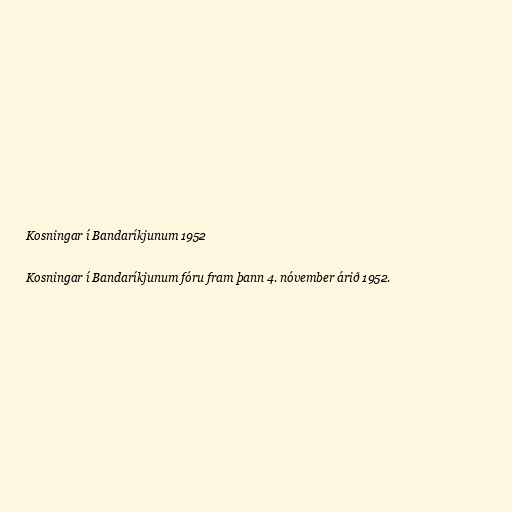
Kosningar í Bandaríkjunum 1952

Kosningar í Bandaríkjunum fóru fram þann 4. nóvember árið 1952.